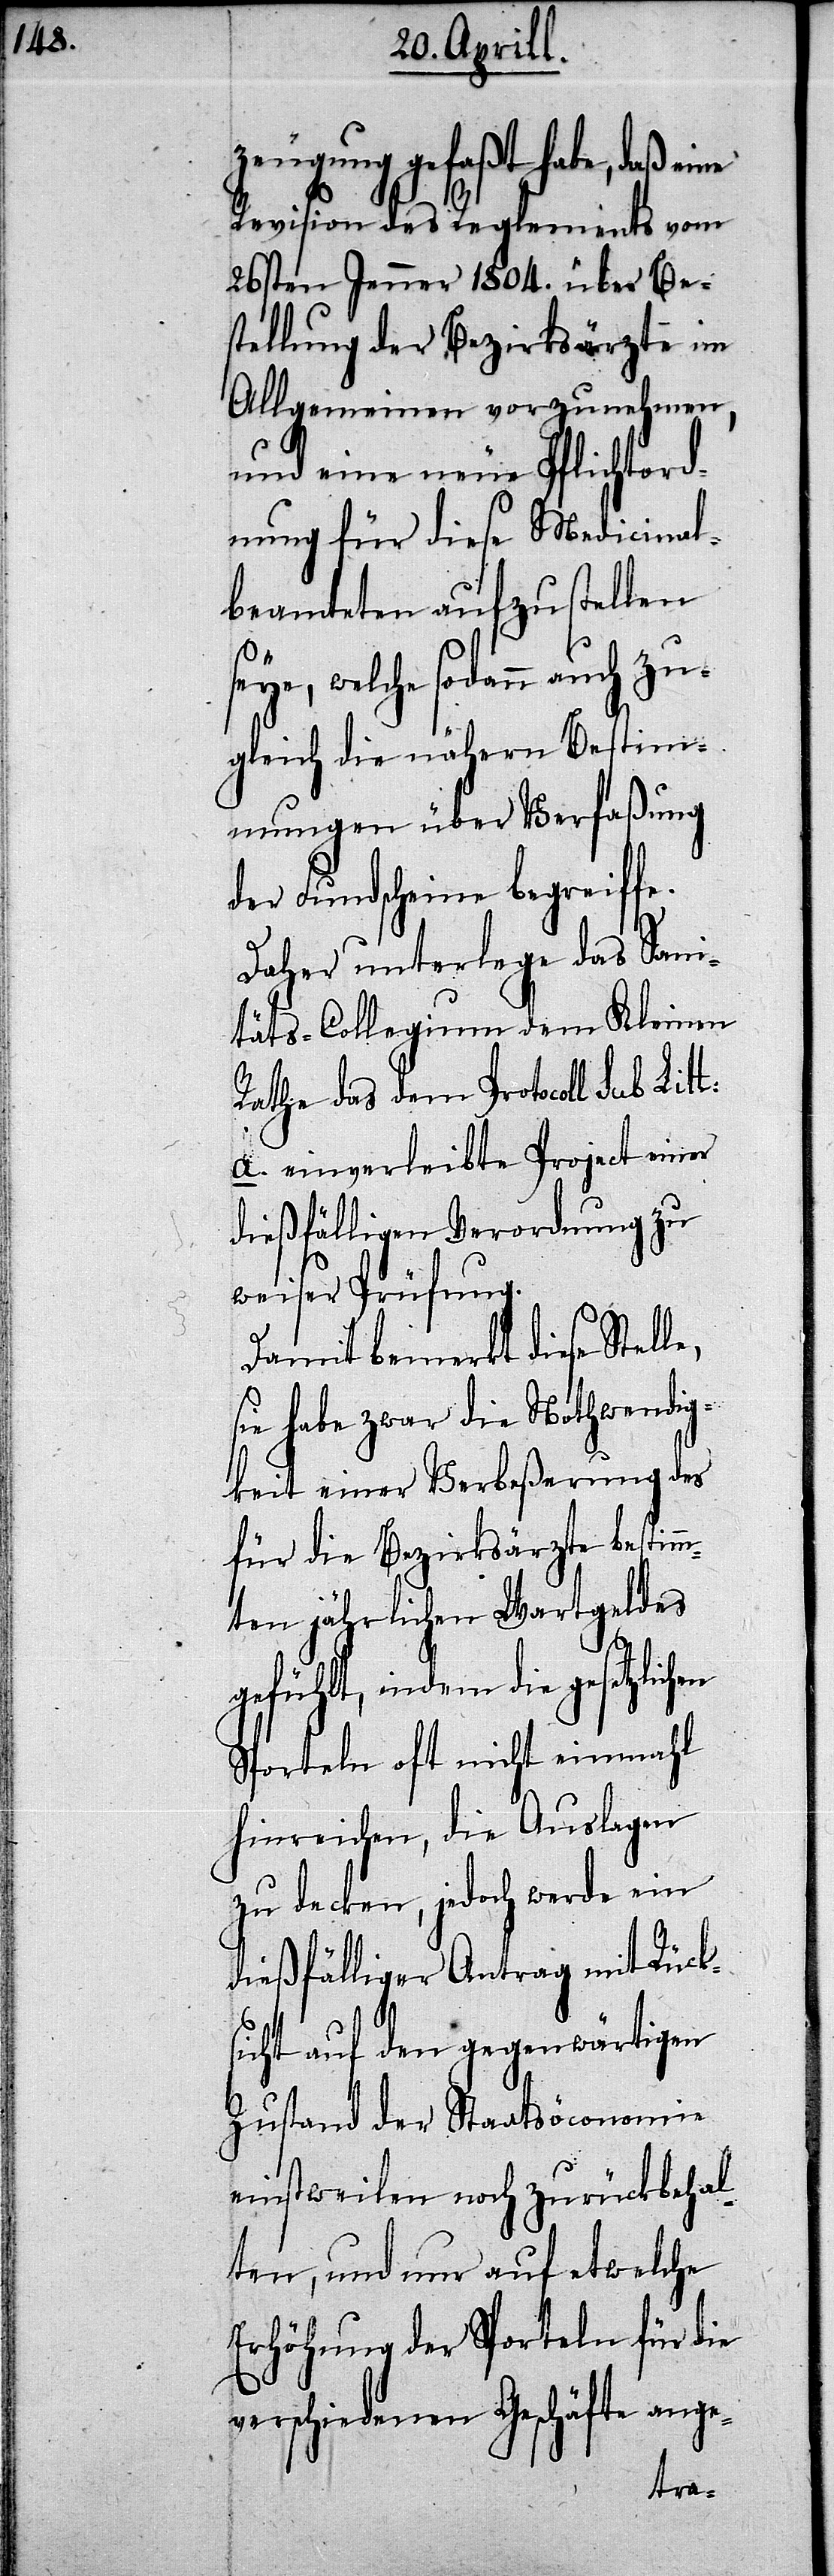
zeugung gefaßt habe, daß eine
Revision des Reglements vom
26sten Jenner 1804. über Be¬
stellung der Bezirksärzte im
Allgemeinen vorzunehmen,
und eine neue Pflichtord¬
nung für diese Medicinal¬
beamteten aufzustellen
seye, welche sodann auch zu¬
gleich die nähern Bestim¬
mungen über Verfaßung
der Fundscheine begreiffe.
Daher unterlege das Sani¬
täts-Collegium dem Kleinen
Rathe das dem Protocoll sub Litt.
a. einverleibte Project einer
dießfälligen Verordnung zu
weiser Prüfung.
Damit bemerkt diese Stelle,
sie habe zwar die Nothwendig¬
keit einer Verbeßerung des
für die Bezirksärzte bestim¬
mten jährlichen Wartgeldes
gefühlt, indem die
Sporteln oft nicht einmahl
hinreichen, die Auslagen
zu decken, jedoch werde ein
dießfälliger Antrag mit Rück¬
sicht auf den gegenwärtigen
Zustand der Staatsöconomie
einstweilen noch zurückbehal¬
ten, und nur auf etwelche
Erhöhung der Sporteln für die
verschiedenen Geschäfte ange-